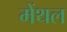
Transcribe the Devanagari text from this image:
मेंथल